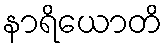
နာရိယောတိ